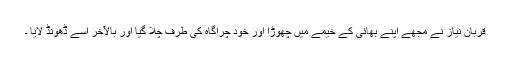
قربان نیاز نے مجھے اپنے بھائی کے خیمے میں چھوڑا اور خود چراگاہ کی طرف چلا گیا اور بالآخر اُسے ڈھونڈ لایا ۔